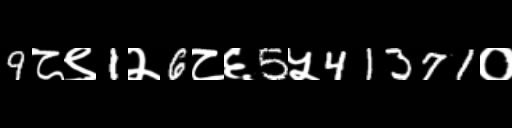
Text: 9८९1२6८६5५41371०